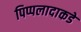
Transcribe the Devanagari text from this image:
पिप्पलादाकडे